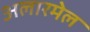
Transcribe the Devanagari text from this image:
अलारमेल